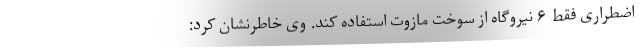
اضطراری فقط ۶ نیروگاه از سوخت مازوت استفاده کند. وی خاطرنشان کرد: